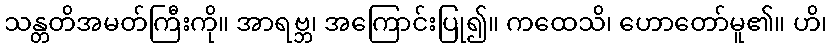
သန္တတိအမတ်ကြီးကို။ အာရဗ္ဘ၊ အကြောင်းပြု၍။ ကထေသိ၊ ဟောတော်မူ၏။ ဟိ၊